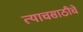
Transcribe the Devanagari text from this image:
त्याचसाठीचे